Subject: physics
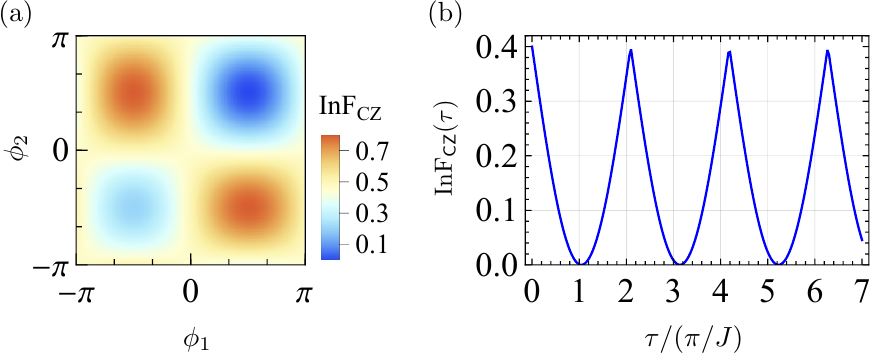
LaTeX code:
\begin{tikzpicture}[x=\linewidth,y=\linewidth]
\node (fig-a) at (0.2,0) {\includegraphics[height=0.3\linewidth]{11019_inf-phi12.pdf}};
\node[rotate=90] (tag-ay) at (-0.01,0.02) {$\phi_2$};
\node (tag-ax) at (0.2-0.02,-0.18) {$\phi_1$};
\node (tag-a) at (-0.01,0.16) {(a)};
\node (tag-b) at (0.44,0.16) {(b)};
\node[rotate=90,scale=0.9] (tag-by) at (0.44,0.02) {$\mathrm{InF}_\mathsf{CZ}(\tau)$};
\node (fig-b) at (0.68,0) {\includegraphics[height=0.3\linewidth]{11020_infcz-t.pdf}};
\node (tag-bx) at (0.7,-0.18) {$\tau/(\pi/J)$};
\end{tikzpicture}